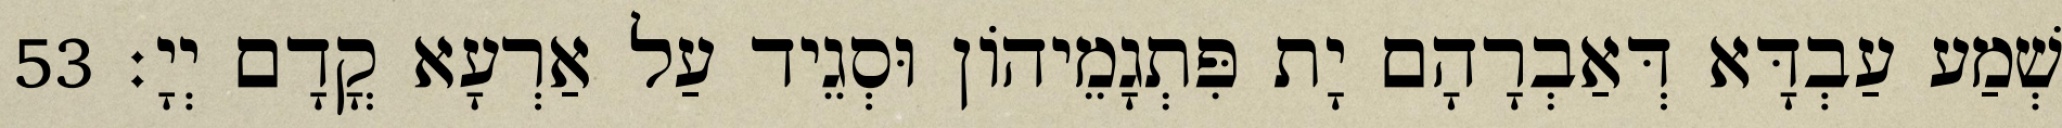
שְׁמַע עַבְדָּא דְּאַבְרָהָם יָת פִּתְגָמֵיהוֹן וּסְגֵיד עַל אַרְעָא קֳדָם יְיָ׃ 53